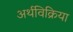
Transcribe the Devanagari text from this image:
अर्थविक्रिया